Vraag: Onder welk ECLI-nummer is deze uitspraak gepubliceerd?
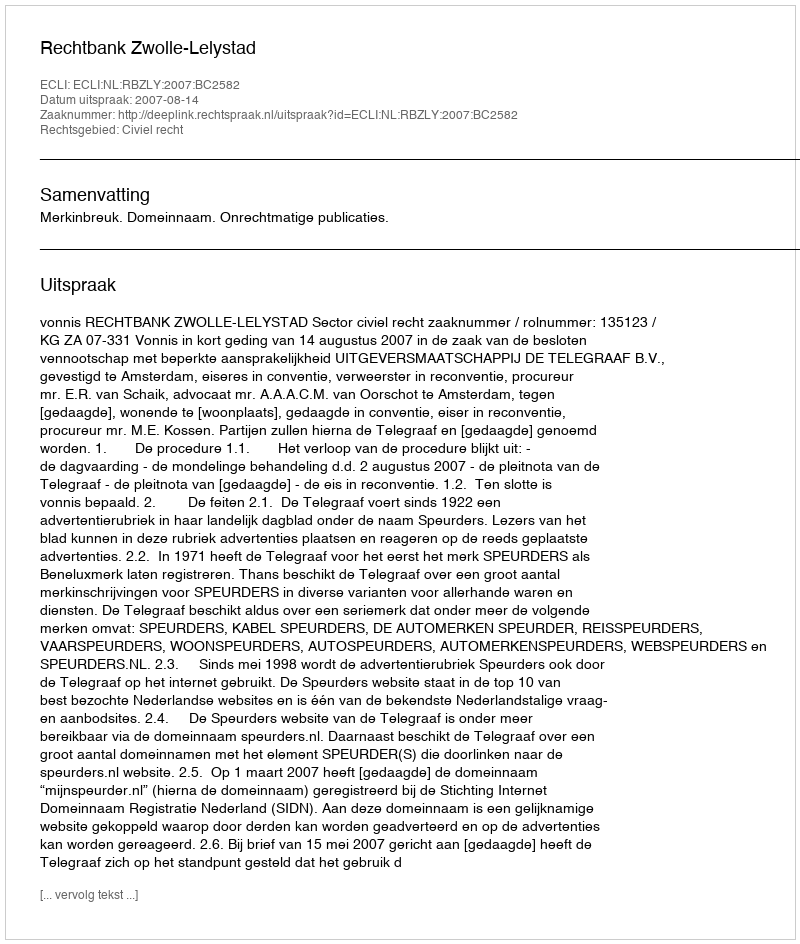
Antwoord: ECLI:NL:RBZLY:2007:BC2582